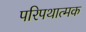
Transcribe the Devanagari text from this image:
परिपथात्मक